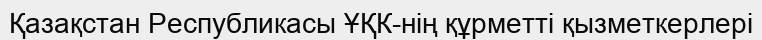
Қазақстан Республикасы ҰҚК-нің құрметті қызметкерлері